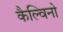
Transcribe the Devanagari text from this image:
कैल्विनो